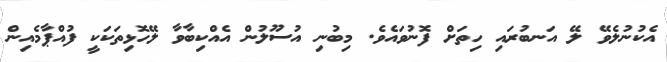
އެކުނުލެވޭ ލޭ އަނބުރައި ހިތަށް ފޮނުވައެވެ. މިބުނި އުސޫލުން އެއްކިބާވާ ލޭހޮޅިތަކަކީ ފުއްޕާމެއިން